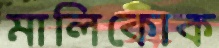
মালিকোক